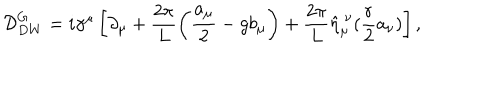
{ \cal D } _ { D W } ^ { G } = i \gamma ^ { \mu } \left[ \partial _ { \mu } + \frac { 2 \pi } { L } \left( \frac { a _ { \mu } } { 2 } - g b _ { \mu } \right) + \frac { 2 \pi } { L } \hat { \eta } _ { \mu } ^ { ~ \nu } ( \frac { r } { 2 } a _ { \nu } ) \right] ,